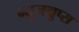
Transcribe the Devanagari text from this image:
न्यूजग्रुप्स